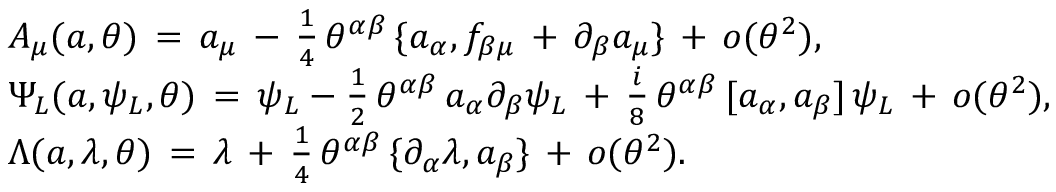
\begin{array} { l } { { { A _ { \mu } ( a , \theta ) \, = \, a _ { \mu } \, - \, \frac { 1 } { 4 } \, \theta ^ { \alpha \beta } \, \{ a _ { \alpha } , f _ { \beta \mu } \, + \, \partial _ { \beta } a _ { \mu } \} \, + \, o ( \theta ^ { 2 } ) , } } } \\ { { { \Psi _ { L } ( a , \psi _ { L } , \theta ) \, = \, \psi _ { L } - \frac { 1 } { 2 } \, \theta ^ { \alpha \beta } \, a _ { \alpha } \partial _ { \beta } \psi _ { L } \, + \, \frac { i } { 8 } \, \theta ^ { \alpha \beta } \, [ a _ { \alpha } , a _ { \beta } ] \, \psi _ { L } \, + \, o ( \theta ^ { 2 } ) , } } } \\ { { { \Lambda ( a , \lambda , \theta ) \, = \, \lambda \, + \, \frac { 1 } { 4 } \, \theta ^ { \alpha \beta } \, \{ \partial _ { \alpha } \lambda , a _ { \beta } \} \, + \, o ( \theta ^ { 2 } ) . } } } \end{array}